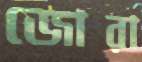
জোরা